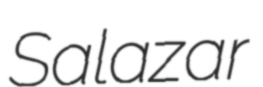
Salazar